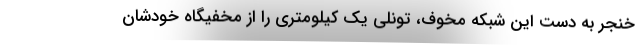
خنجر به دست این شبکه مخوف، تونلی یک کیلومتری را از مخفیگاه خودشان